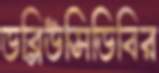
ডব্লিউসিডিবির